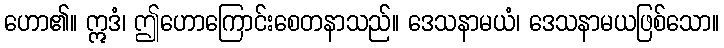
ဟော၏။ ဣဒံ၊ ဤဟောကြောင်းစေတနာသည်။ ဒေသနာမယံ၊ ဒေသနာမယဖြစ်သော။